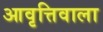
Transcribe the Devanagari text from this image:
आवृत्तिवाला